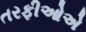
તરફીઓએ